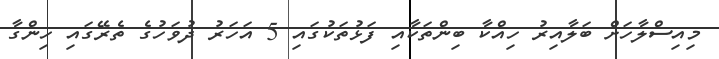
މިއިސްލާހަށް ބަލާއިރު ހިއްކާ ބިންތަކާއި ފަޅުތަކުގައި 5 އަހަރު ދުވަހުގެ ތެރޭގައި ހިންގާ